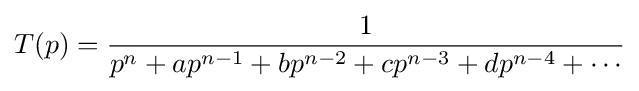
T(p)={\frac {1}{p^{n}+ap^{n-1}+bp^{n-2}+cp^{n-3}+dp^{n-4}+\cdots }}